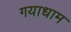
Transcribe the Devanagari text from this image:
गयाधाम